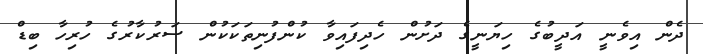
ދެން އިވެނީ އަދީބުގެ ހިޔަނީގެ ދަށުން ހެދިފައިވާ ކުންފުނިތަކަކުން ސަރުކާރުގެ ހުރިހާ ބިޑް